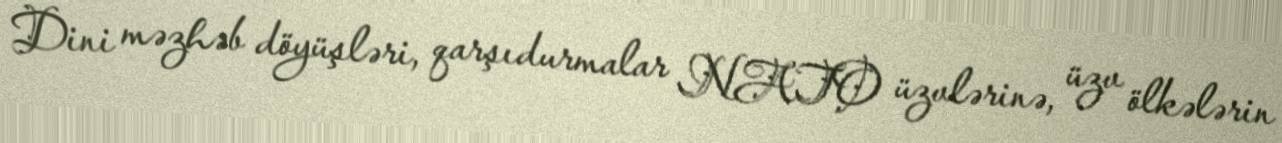
Dini məzhəb döyüşləri, qarşıdurmalar NATO üzvlərinə, üzv ölkələrin